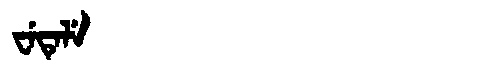
Manchu: ᠸᡝᡨᡝᠯᡝ
Romanization: WETELE